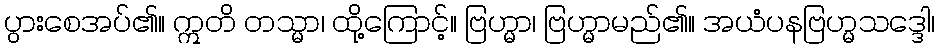
ပွားစေအပ်၏။ ဣတိ တသ္မာ၊ ထို့ကြောင့်။ ဗြဟ္မာ၊ ဗြဟ္မာမည်၏။ အယံပနဗြဟ္မသဒ္ဒေါ၊